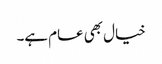
خیال بھی عام ہے۔